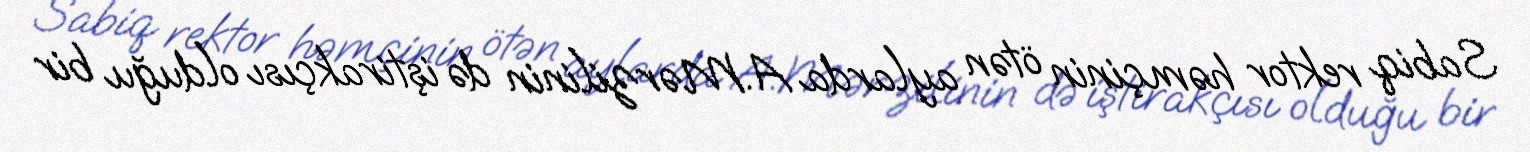
Sabiq rektor həmçinin ötən aylarda A.Mərzilinin də iştirakçısı olduğu bir